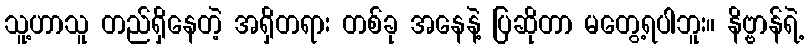
သူ့ဟာသူ တည်ရှိနေတဲ့ အရှိတရား တစ်ခု အနေနဲ့ ပြဆိုတာ မတွေ့ရပါဘူး။ နိဗ္ဗာန်ရဲ့